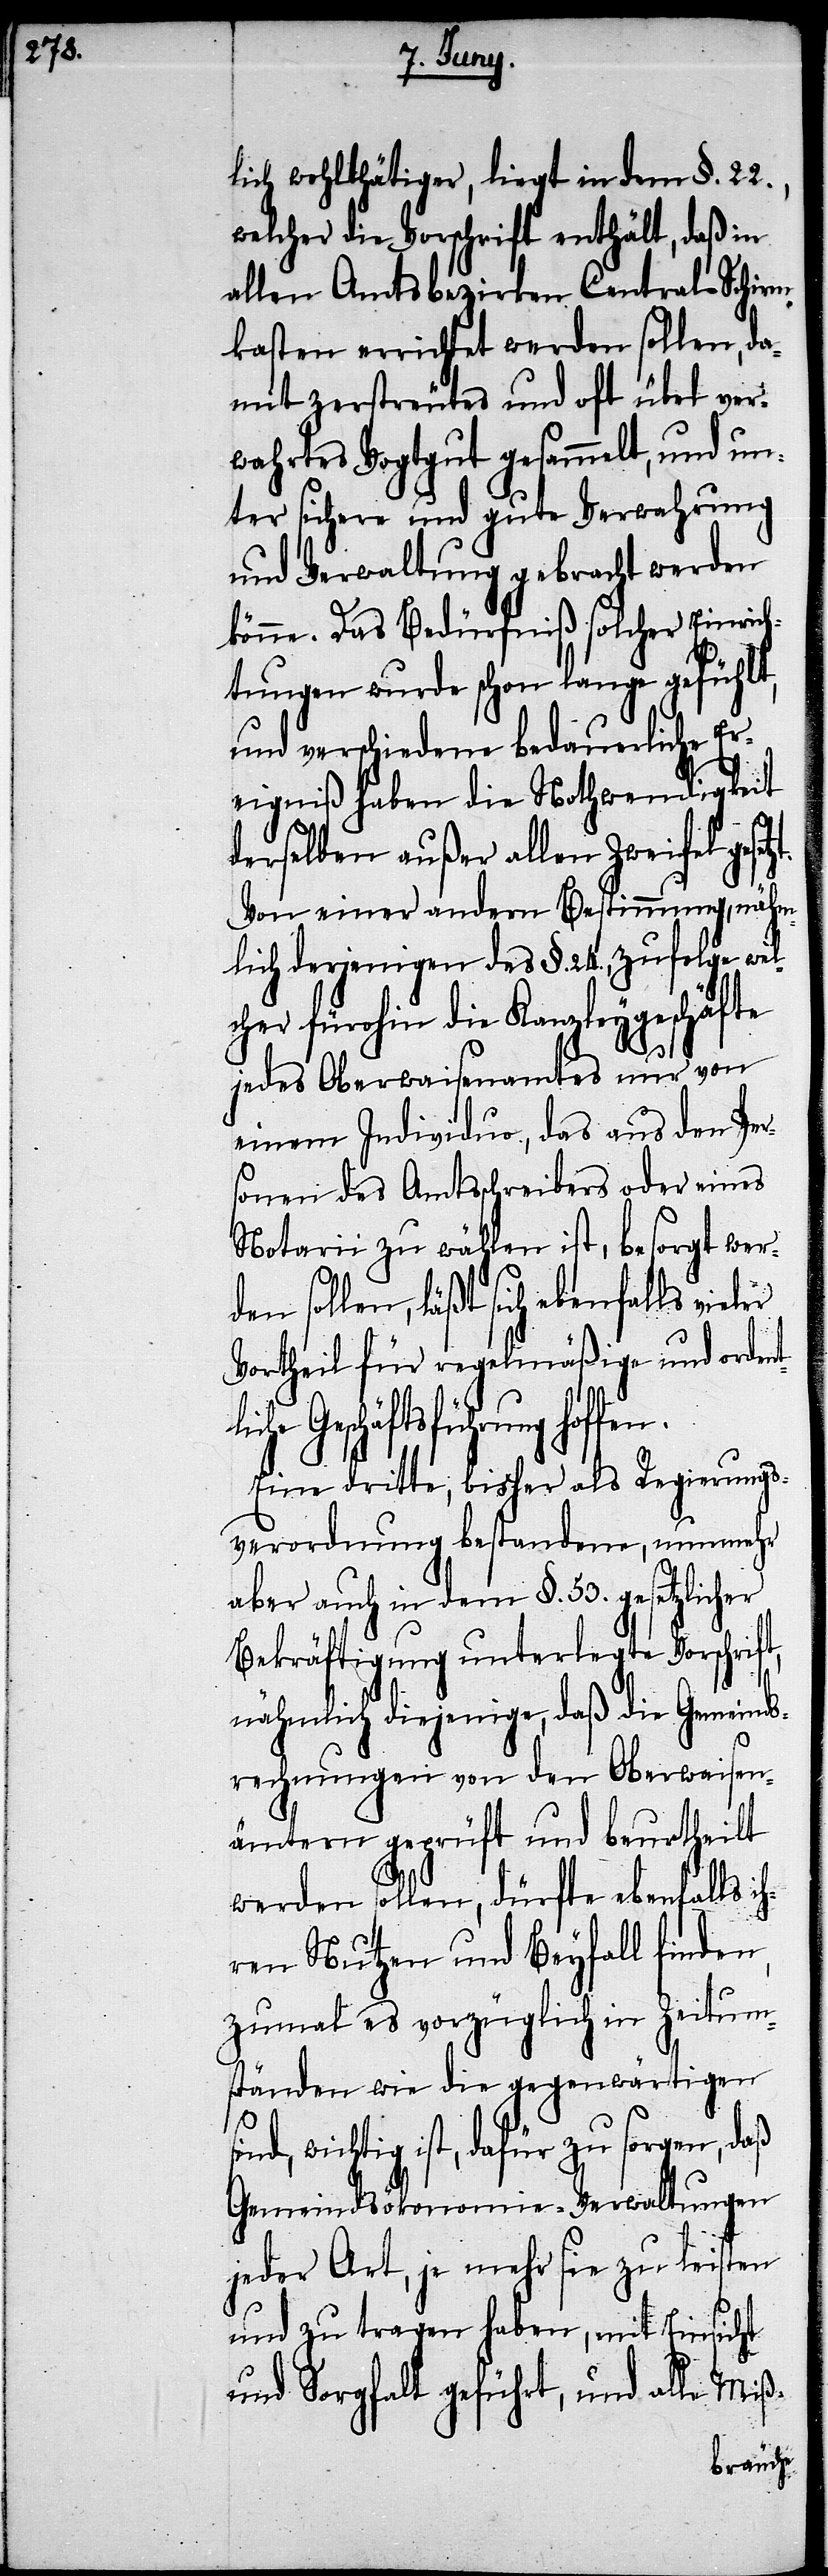
t,

lich wohlthätiger, liegt in dem §. 22.,
welcher die Vorschrift enthält, daß in
allen Amtsbezirken Central-Schirm¬
kasten errichtet werden sollen, da¬
mit zerstreutes und oft übel ver¬
wahrtes Vogtgut gesammelt, und un¬
ter sichere und gute Verwahrung
und Verwaltung gebracht werden
könne. Das Bedürfniß solcher Einric¬
htungen wurde schon lange gefühlt,
und verschiedene bedauerliche Er¬
eigniß haben die Nothwendigkeit
derselben außer allen Zweifel geset¬
Von einer andern Bestimmung, nähm¬
lich derjenigen des §. 24., zufolge wel¬
cher fürohin die Kanzleygeschäfte
jedes Oberwaisenamtes nur von
einem Individuo, das aus den Per¬
sonen des Amtsschreibers oder eines
Notarii zu wählen ist, besorgt werd¬
en sollen, läßt sich ebenfalls vieler
Vortheil für regelmäßige und orden¬
iche Geschäftsleitung hoffe¬
Eine dritte, bisher als Regierungs¬
verordnung bestandene, nunmehr
aber auch in dem §. 53. gesetzlicher
Bekräftigung unterlegte Vorschrif¬
nähmlich diejenige, daß die Gemeinds¬
rechnungen von den Oberwaisen¬
ämtern geprüft und beurtheilt
werden sollen, dürfte ebenfalls i¬
hren Nutzen und Beyfall finden,
zumal es vorzüglich in Zeitum¬
ständen wie die gegenwärtigen
wichtig ist, dafür zu sorgen,
Gemeindsökonomie-Verwaltungen
jeder Art, je mehr sie zu leisten
und zu tragen haben, mit Einsicht
und Sorgfalt geführt, und alle Miß-